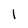
Character: 1